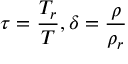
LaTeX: \tau = { \frac { T _ { r } } { T } } , \delta = { \frac { \rho } { \rho _ { r } } }